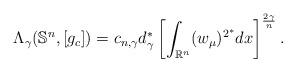
LaTeX: \begin{align*}\Lambda_\gamma(\mathbb S^n,[g_c])=c_{n,\gamma}d_\gamma^*\left[\int_{\mathbb R^n}(w_\mu)^{2^*}dx\right]^{\frac{2\gamma}{n}}.\end{align*}